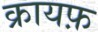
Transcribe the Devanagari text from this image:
क्रायफ़